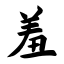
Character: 羞